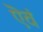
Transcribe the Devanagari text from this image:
ऎवं